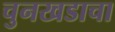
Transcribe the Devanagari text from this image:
चुनखडाचा